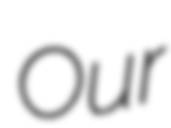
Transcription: Our